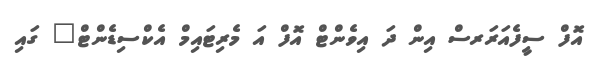
އޮފް ސީފެއަރަރސް އިން ދަ އިވެންޓް އޮފް އަ މެރިޓައިމް އެކްސިޑެންޓް" ގައި